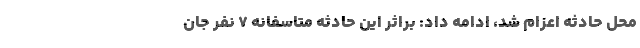
محل حادثه اعزام شد، ادامه داد: براثر این حادثه متاسفانه ۷ نفر جان